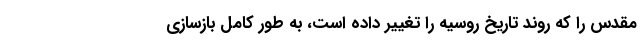
مقدس را که روند تاریخ روسیه را تغییر داده است، به طور کامل بازسازی